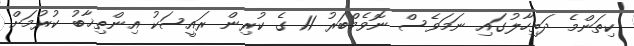
ކިތަންމެ ދަތިހާލުގައި ނަމަވެސް ނޮވެމްބަރު 11 ގެ ކުރިން ރައީސަކު އިންތިޚާބު ކުރުމަށް